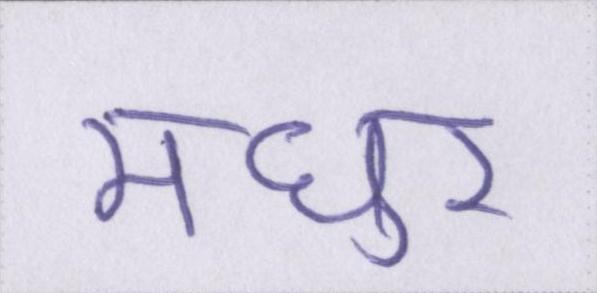
मधुर